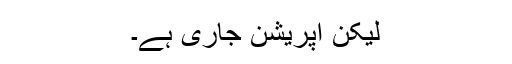
لیکن اپریشن جاری ہے۔